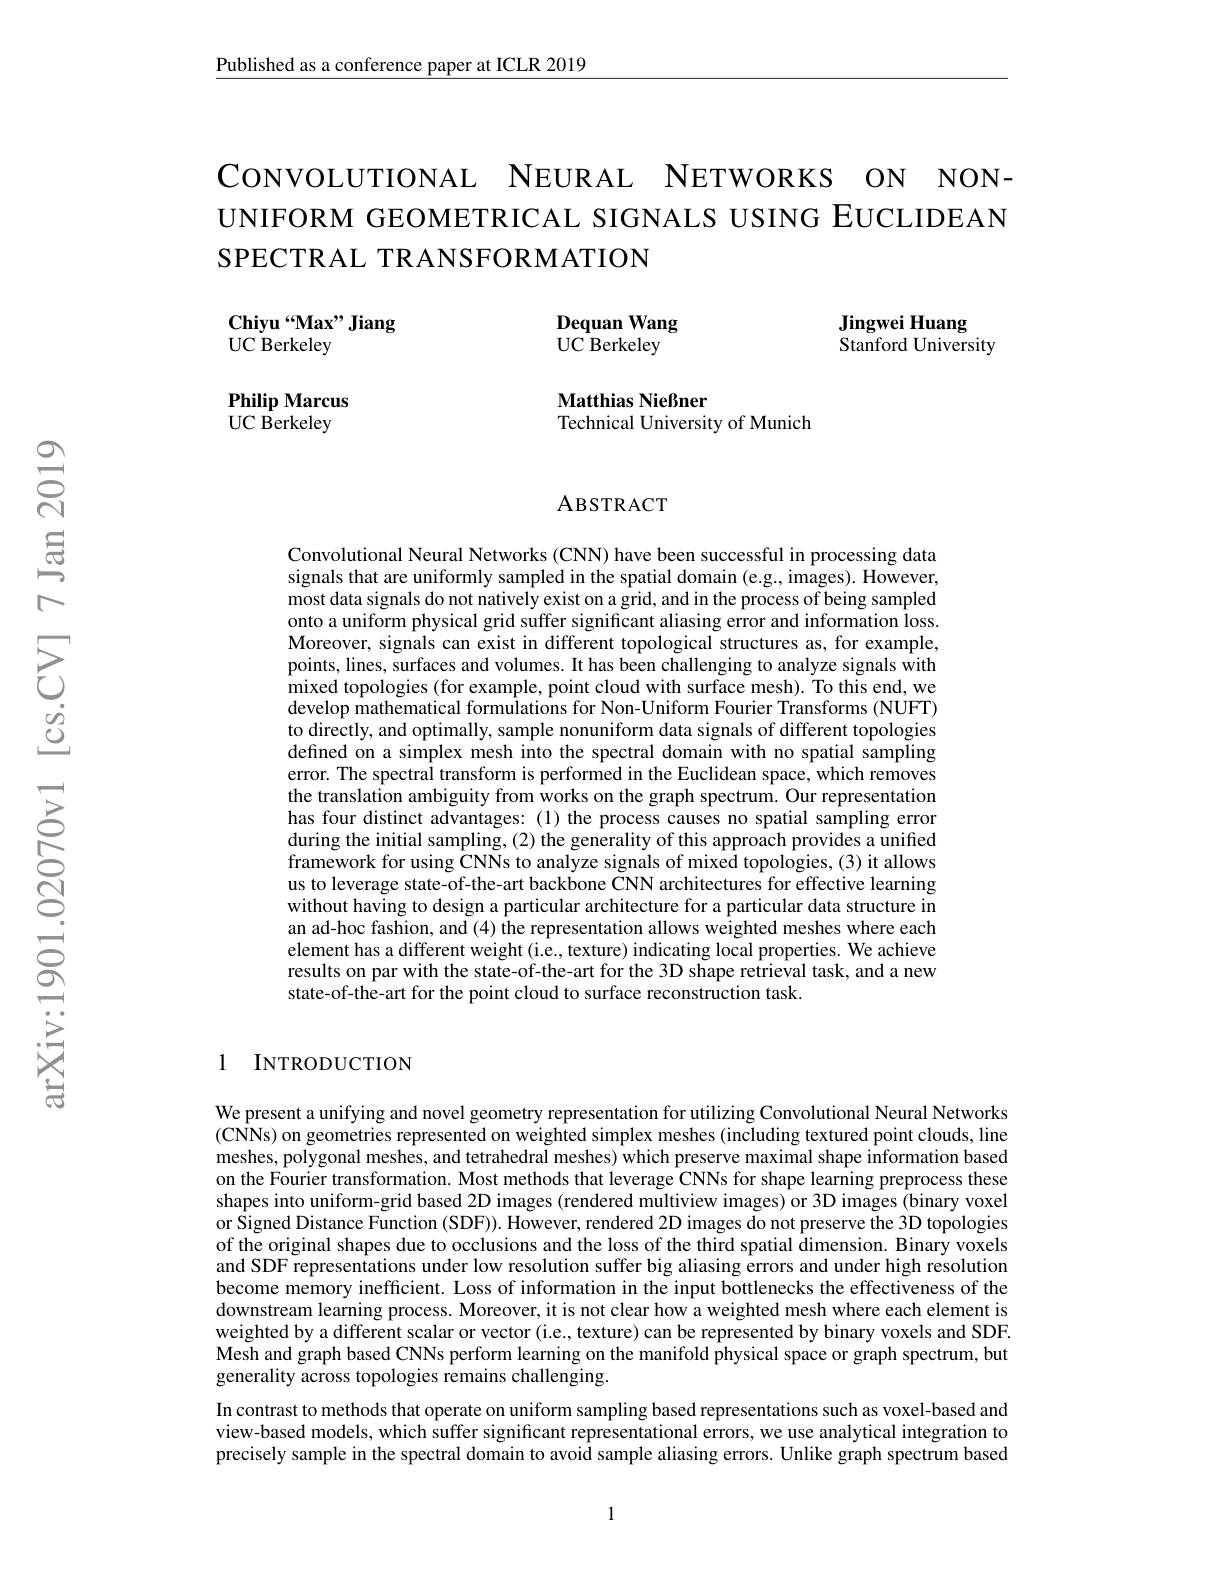
Published as a conference paper at ICLR 2019

CONVOLUTIONAL NEURAL NETWORKS ON NONUNIFORM GEOMETRICAL SIGNALS USING EUCLIDEAN SPECTRAL TRANSFORMATION

Dequan Wang

Jingwei Huang
$\bar{\text{Stanford University}}$

Chiyu “Max” Jiang
UC Berkeley

UC Berkeley

Philip Marcus UC Berkeley

Matthias Nießner
Technical University of Munich

ABSTRACT

Convolutional Neural Networks (CNN) have been successful in processing data signals that are uniformly sampled in the spatial domain (e.g., images). However, most data signals do not natively exist on a grid, and in the process of being sampled onto a uniform physical grid suffer significant aliasing error and information loss. Moreover, signals can exist in different topological structures as, for example, points, lines, surfaces and volumes. It has been challenging to analyze signals with mixed topologies (for example, point cloud with surface mesh). To this end, we develop mathematical formulations for Non-Uniform Fourier Transforms (NUFT) to directly, and optimally, sample nonuniform data signals of different topologies defned on a simplex mesh into the spectral domain with no spatial sampling error. The spectral transform is performed in the Euclidean space, which removes the translation ambiguity from works on the graph spectrum. Our representation has four distinct advantages:(1) the process causes no spatial sampling error during the initial sampling, (2) the generality of this approach provides a unified framework for using CNNs to analyze signals of mixed topologies, (3) it allows us to leverage state-of-the-art backbone CNN architectures for effective learning without having to design a particular architecture for a particular data structure in an ad-hoc fashion, and (4) the representation allows weighted meshes where each element has a different weight (i.e., texture) indicating local properties. We achieve results on par with the state-of-the-art for the 3D shape retrieval task, and a new state-of-the-art for the point cloud to surface reconstruction task.

1 INTRODUCTION

We present a unifying and novel geometry representation for utilizing Convolutional Neural Networks (CNNs) on geometries represented on weighted simplex meshes (including textured point clouds, line meshes, polygonal meshes, and tetrahedral meshes) which preserve maximal shape information based on the Fourier transformation. Most methods that leverage CNNs for shape learning preprocess these shapes into uniform-grid based 2D images (rendered multiview images) or 3D images (binary voxel or Signed Distance Function (SDF)). However, rendered 2D images do not preserve the 3D topologies of the original shapes due to occlusions and the loss of the third spatial dimension. Binary voxels and SDF representations under low resolution suffer big aliasing errors and under high resolution become memory inefficient. Loss of information in the input bottlenecks the effectiveness of the downstream learning process. Moreover, it is not clear how a weighted mesh where each element is weighted by a different scalar or vector (i.e, texture) can be represented by binary voxels and SDF. Mesh and graph based CNNs perform learning on the manifold physical space or graph spectrum, but generality across topologies remains challenging.
In contrast to methods that operate on uniform sampling based representations such as voxel-based and view-based models, which suffer significant representational errors, we use analytical integration to precisely sample in the spectral domain to avoid sample aliasing errors. Unlike graph spectrum based

1